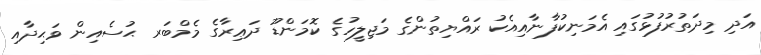
އަދި މިދަތުރުފުޅުގައި އެމަނިކުފާނާއިއެކު ރައްޔިތުންގެ މަޖިލީހުގެ ކޮމަންޑޫ ދަޢިރާގެ މެމްބަރ ޙުސެއިން ވަޙިދާއި